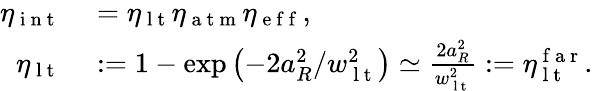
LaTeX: \begin{array}{rl}{\eta_{\mathrm{~i~n~t~}}}&{{}=\eta_{\mathrm{~l~t~}}\eta_{\mathrm{~a~t~m~}}\eta_{\mathrm{~e~f~f~}},}\\ {\eta_{\mathrm{~l~t~}}}&{{}:=1-\exp\left(-2a_{R}^{2}/w_{\mathrm{~l~t~}}^{2}\right)\simeq\frac{2a_{R}^{2}}{w_{\mathrm{~l~t~}}^{2}}:=\eta_{\mathrm{~l~t~}}^{\mathrm{~f~a~r~}}.}\end{array}